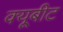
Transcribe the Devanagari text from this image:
क्यूबीट